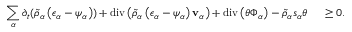
\begin{array} { r l } { \displaystyle \sum _ { \alpha } \partial _ { t } ( \tilde { \rho } _ { \alpha } \left( \epsilon _ { \alpha } - \psi _ { \alpha } \right) ) + \mathrm { d i v } \left( \tilde { \rho } _ { \alpha } \left( \epsilon _ { \alpha } - \psi _ { \alpha } \right) \mathbf { v } _ { \alpha } \right) + \mathrm { d i v } \left( \theta \boldsymbol { \Phi } _ { \alpha } \right) - \tilde { \rho } _ { \alpha } s _ { \alpha } \theta } & { { } ~ \geq 0 . } \end{array}